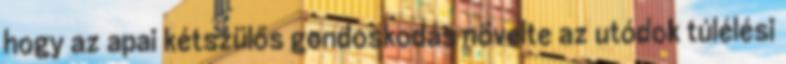
hogy az apai kétszülős gondoskodás növelte az utódok túlélési